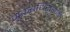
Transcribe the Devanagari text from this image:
मूकबधिरांसाठी